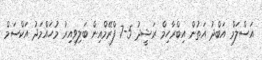
އަސްލަމް އަބްދު އަތުން އިބްރާހިމް ރަޝީދު 5-7 ފްރޭމްއިން ބަލިވިއިރު މުހައްމަދު އަކްސަމް